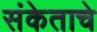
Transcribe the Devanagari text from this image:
संकेताचे